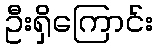
ဦးရှိကြောင်း